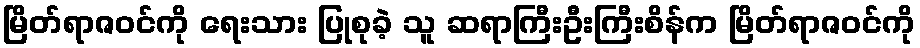
မြိတ်ရာဇဝင်ကို ရေးသား ပြုစုခဲ့ သူ ဆရာကြီးဦးကြီးစိန်က မြိတ်ရာဇဝင်ကို